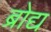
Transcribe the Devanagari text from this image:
ब्रोद्य